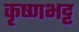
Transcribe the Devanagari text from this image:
कृष्णभट्ट